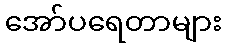
အော်ပရေတာများ